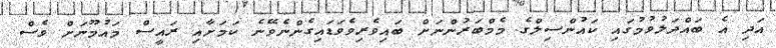
އަދި އެ ބައްދަލުވުމުގައި ކައުންސިލްގެ މެމްބަރުންނަށް ބައިވެރިވެވަޑައިގެންނެވޭނެ ކަމަށާއި ރައީސް މައުމޫނަށް ވެސް